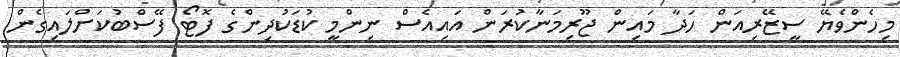
މިހެންވެޔޭ ސީޒޭރިއަން ހަދާ މައިން ޖޫރިމަނާކުރަން އައިއެސް ނިންމީ ކުޑަކުދިންގެ ފޮޓޯ ފޭސްބުކަށްލައިގެން